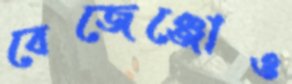
বেজেঞ্জোও